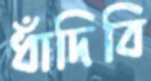
ধাঁদিবি